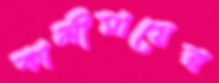
কালীমায়ের